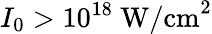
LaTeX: I_{0}>10^{18}\ \textrm{W/cm}^{2}